Civil Veterinary Dept. Assam report 1911-1927 - 1911-1927
Year: 1911
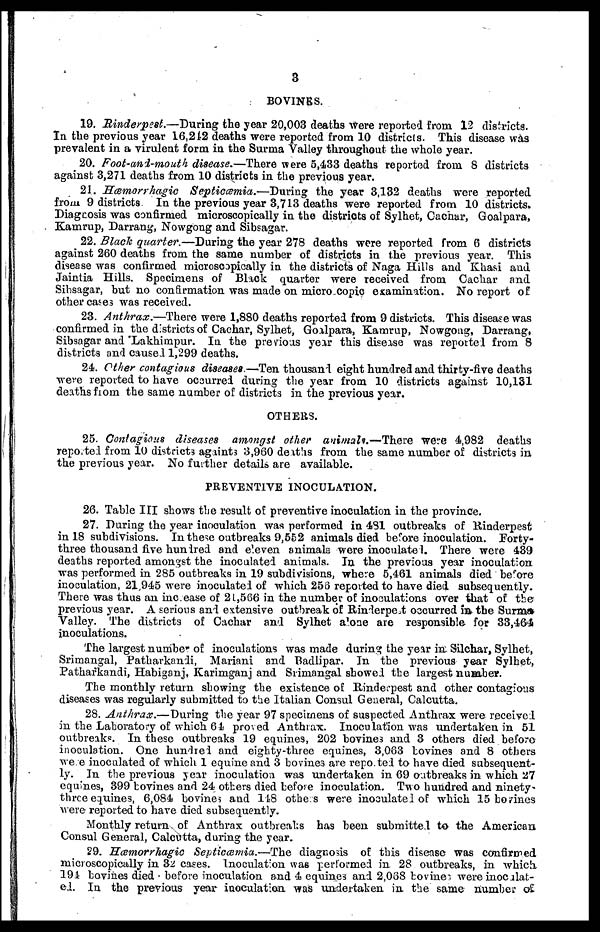
3
BOVINES.
19. Rinderpest.—During the year 20,003 deaths Were reported from 12 districts.
In the previous year 16,212 deaths were reported from 10 districts. This disease was
prevalent in a virulent form in the Surma Valley throughout the whole year.
20. Foot-and-mouth disease.—There were 5,433 deaths reported from 8 districts
against 3,271 deaths from 10 districts in the previous year.
21. Hæmorrhagic Septicæmia.—During
the year 3,132 deaths were reported
from 9 districts In the previous year 3,713 deaths were reported from 10 districts.
Diagcosis was confirmed microscopically in the districts of Sylhet, Cachar, Goalpara,
Kamrup, Darrang, Nowgong and Sibsagar.
22. Black quarter.—During the year 278 deaths were reported from 6 districts
against 260 deaths from the same number of districts in the previous year. This
disease was confirmed microscopically in the districts of Naga Hills and Khasi and
Jaintia Hills. Specimens of Black quarter were received from Cachar and
Sibsagar, hut no confirmation was made on micro copic examination. No report of
other cases was received.
23. Anthrax.—There were 1,880 deaths reported from 9 districts. This disease was
confirmed in the districts of Cachar, Sylhet, Goalpara, Kamrup, Nowgong, Darrang,
Sibsagar and 'Lakhimpur. In the previous year this disease was reported from 8
districts and caused 1,299 deaths.
24. Other contagious diseases.—Ten thousand eight hundred and thirty-five deaths
were reported to have occurred during the year from 10 districts against 10,131
deaths from the same number of districts in the previous year.
OTHERS.
25. Contagious diseases amongst other animals.—There were 4,982 deaths
reported from 10 districts againts 3,960 deaths from the same number of districts in
the previous year. No further details are available.
PREVENTIVE INOCULATION.
26. Table III shows the result of preventive inoculation in the province.
27. During the year inoculation was performed in 481 outbreaks of Rinderpest
in 18 subdivisions. In these outbreaks 9,552 animals died before inoculation. Forty-
three thousand five hundred and eleven animals were inoculate 1. There were 439
deaths reported amongst the inoculated animals. In the previous year inoculation
was performed in 285 outbreaks in 19 subdivisions, where 5,461 animals died before
inoculation, 21,945 were inoculated of which 256 reported to have died subsequently.
There was thus an increase of 21,566 in the number of inoculations over that of the
previous year. A serious and extensive outbreak of Rinderpest occurred in the Surma
Valley. The districts of Cachar and Sylhet alone are responsible for 33,464
inoculations.
The largest number of inoculations was made during the year in Silchar, Sylhet,
Srimangal, Patharkanli, Mariani and Badlipar. In the previous year Sylhet,
Patharkandi, Habiganj, Karimganj and Srimangal showed the largest number.
The monthly return showing the existence of Rinderpest and other contagious
diseases was regularly submitted to the Italian Consul General, Calcutta.
28. Anthrax.—During
the year 97 specimens of suspected Anthrax were received
in the Laboratory of which 61 proved Anthiax. Inoculation was undertaken in 51
outbreaks. In these outbreaks 19 equines, 202 bovine3 and 3 others died before
inoculation. One hundred and eighty-three equines, 3,063 bovines and 8 others
were inoculated of which 1 equine and 3 bovines are reported to have died subsequent-
ly. In the previous year inoculation was undertaken in 69 outbreaks in which 27
equines, 399 bovines and 24 others died before inoculation. Two hundred and ninety-
three equines, 6,084 bovines and 148 othes were inoculated of which 15 bovines
were reported to have died subsequently.
Monthly return of Anthrax outbreaks has been submitted to the American
Consul General, Calcutta, during the year.
29. Hæmorrhagic Septicæmia.—The diagnosis of this disease was confirmed
microscopically in 32 cases. Inoculation was performed in 28 outbreaks, in which
191 bovines died before inoculation and 4 equines and 2,068 bovines were inoculat-
ei. In the previous year inoculation was undertaken in the same number of